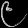
Digit: ၉